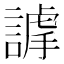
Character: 𧫅